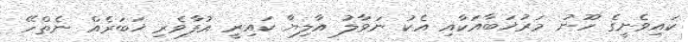
ކައިވެނީގެ ހޫނު މަރުޚަބާއަކާއި އެކު ނަވާލު އާލިޔާ ކައިރީ އުފާވެރި ޚަބަރެއް ނެތްހޭ